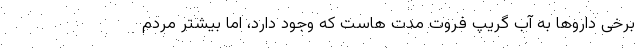
برخی دارو‌ها به آب گریپ فروت مدت هاست که وجود دارد، اما بیشتر مردم